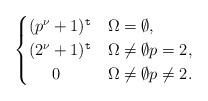
LaTeX: \begin{align*}\begin{cases}(p^{\nu}+1)^{\mathtt{t}}& \Omega=\emptyset, \\(2^{\nu}+1)^{\mathtt{t}}&\Omega\neq \emptyset p=2, \\\;\;\;\;\; 0 &\Omega\neq \emptyset p\neq 2.\end{cases}\end{align*}